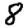
Digit: 8